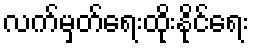
လက်မှတ်ရေးထိုးနိုင်ရေး